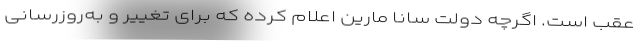
عقب است. اگرچه دولت سانا مارین اعلام کرده که برای تغییر و به‌روزرسانی